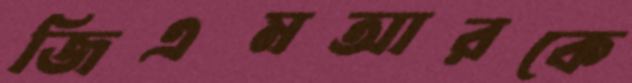
জিএমআরকে